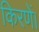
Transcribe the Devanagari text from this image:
किरणें।